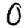
Digit: 0